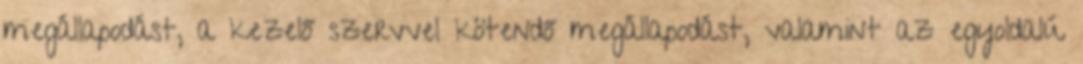
megállapodást, a kezelő szervvel kötendő megállapodást, valamint az egyoldalú